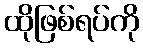
ထိုဖြစ်ရပ်ကို